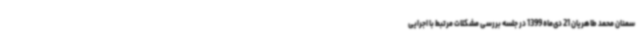
سمنان محمد طاهریان 21 دی‌ماه 1399 در جلسه بررسی مشکلات مرتبط با اجرایی